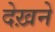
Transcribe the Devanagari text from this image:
देख़ने